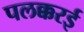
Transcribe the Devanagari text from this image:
पलक्करई